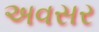
અવસર